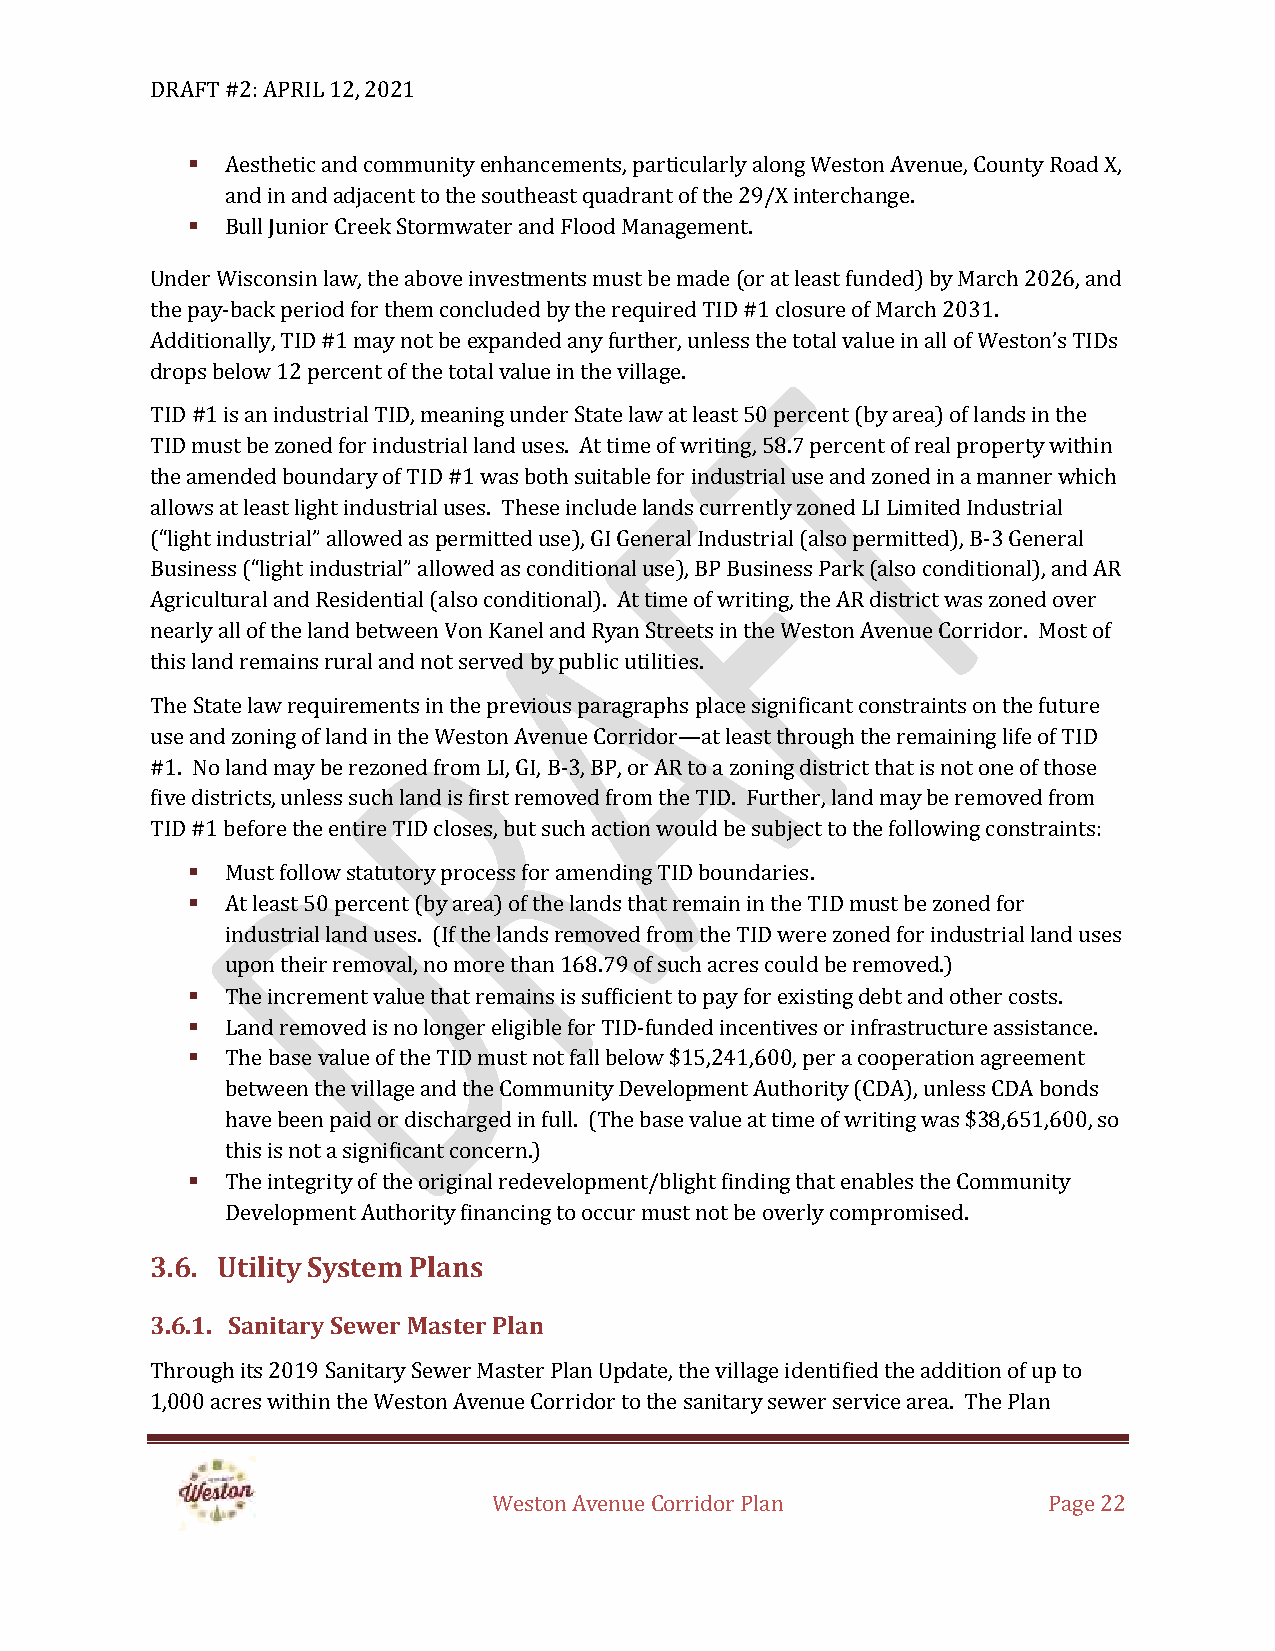
DRAFT #2: APRIL 12, 2021
 ▪  Aesthetic and community enhancements, particularly along Weston Avenue, County Road X,
 and in and adjacent to the southeast quadrant of the 29/X interchange.
 ▪  Bull Junior Creek Stormwater and Flood Management.
 Under Wisconsin law, the above investments must be made (or at least funded) by March 2026, and
 the pay-back period for them concluded by the required TID #1 closure of March 2031.
 Additionally, TID #1 may not be expanded any further, unless the total value in all of Weston’s TIDs
 drops below 12 percent of the total value in the village.
 TID #1 is an industrial TID, meaning under State law at least 50 percent (by area) of lands in the
 TID must be zoned for industrial land uses. At time of writing, 58.7 percent of real property within
 the amended boundary of TID #1 was both suitable for industrial use and zoned in a manner which
 allows at least light industrial uses. These include lands currently zoned LI Limited Industrial
 (“light industrial” allowed as permitted use), GI General Industrial (also permitted), B-3 General
 Business (“light industrial” allowed as conditional use), BP Business Park (also conditional), and AR
 Agricultural and Residential (also conditional). At time of writing, the AR district was zoned over
 nearly all of the land between Von Kanel and Ryan Streets in the Weston Avenue Corridor. Most of
 this land remains rural and not served by public utilities.
 The State law requirements in the previous paragraphs place significant constraints on the future
 use and zoning of land in the Weston Avenue Corridor—at least through the remaining life of TID
 #1. No land may be rezoned from LI, GI, B-3, BP, or AR to a zoning district that is not one of those
 five districts, unless such land is first removed from the TID. Further, land may be removed from
 TID #1 before the entire TID closes, but such action would be subject to the following constraints:
 ▪  Must follow statutory process for amending TID boundaries.
 ▪  At least 50 percent (by area) of the lands that remain in the TID must be zoned for
 industrial land uses. (If the lands removed from the TID were zoned for industrial land uses
 upon their removal, no more than 168.79 of such acres could be removed.)
 ▪  The increment value that remains is sufficient to pay for existing debt and other costs.
 ▪  Land removed is no longer eligible for TID-funded incentives or infrastructure assistance.
 ▪  The base value of the TID must not fall below $15,241,600, per a cooperation agreement
 between the village and the Community Development Authority (CDA), unless CDA bonds
 have been paid or discharged in full. (The base value at time of writing was $38,651,600, so
 this is not a significant concern.)
 ▪  The integrity of the original redevelopment/blight finding that enables the Community
 Development Authority financing to occur must not be overly compromised.
 3.6. Utility System Plans
 3.6.1. Sanitary Sewer Master Plan
 Through its 2019 Sanitary Sewer Master Plan Update, the village identified the addition of up to
 1,000 acres within the Weston Avenue Corridor to the sanitary sewer service area. The Plan
 Weston Avenue Corridor Plan         Page 22